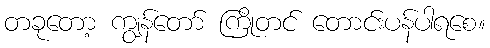
တခုတော့ ကျွန်တော် ကြိုတင် တောင်းပန်ပါရစေ။